Leaving Certificate Examination, 1905
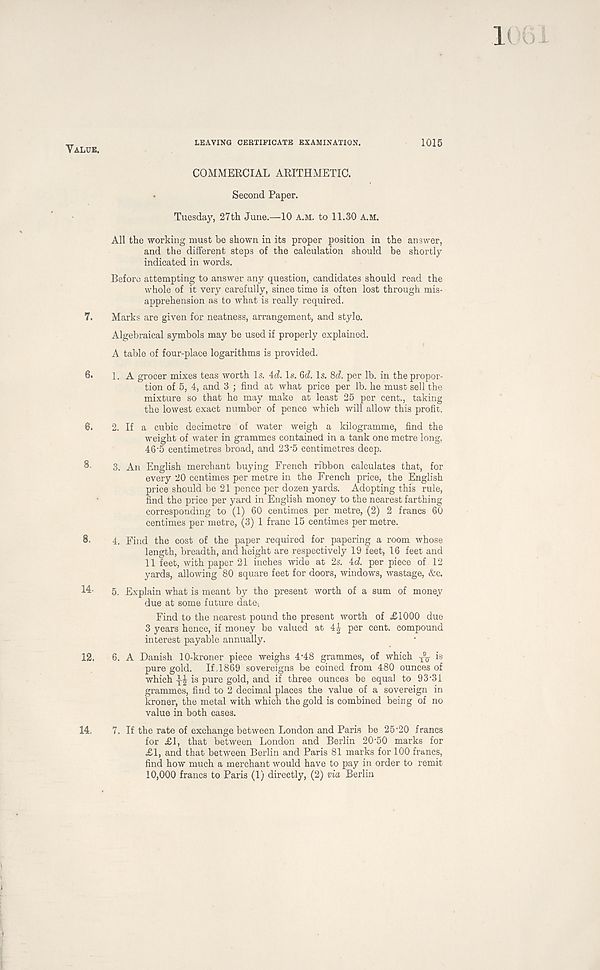
Valuk.
LEAVING CERTIFICATE EXAMINATION.
1015
COMMERCIAL ARITHMETIC.
Second Paper.
Tuesday, 27th June.—10 a.m. to 11.30 A.M.
All the working must be shown in its proper position in the answer,
and the different steps of the calculation should be shortly
indicated in words.
Before attempting to answer any question, candidates should read the
whole of it very carefully, since time is often lost through mis-
apprehension as to what is really required.
7. Marks are given for neatness, arrangement, and stylo.
Algebraical symbols may be used if properly explained.
A table of four-place logarithms is provided.
6. 1. A grocer mixes teas worth Is. id. Is. §d. Is. 8d. per lb. in the propor-
tion of 5, 4, and 3 ; find at what price per lb. he must sell the
mixture so that he may make at least 25 per cent., taking
the lowest exact number of pence which will allow this profit.
6. 2. If a cubic decimetre of water weigh a kilogramme, find the
weight of water in grammes contained in a tank one metre long,
46 - 5 centimetres broad, and 23'5 centimetres deep.
3. An English merchant buying French ribbon calculates that, for
every 20 centimes per metre in the French price, the English
price should be 21 pence per dozen yards. Adopting this rule,
find the price per yard in English money to the nearest farthing
corresponding to (1) 60 centimes per metre, (2) 2 francs 60
centimes per metre, (3) 1 franc 15 centimes per metre.
8- 4. Find the cost of the paper required for papering a room whose
length, breadth, and height are respectively 19 feet, 16 feet and
11 feet, with paper 21 inches wide at 2s. id. per piece of 12
yards, allowing 80 square feet for doors, windows, wastage, &c.
5. Explain what is meant by the present worth of a sum of money
due at some future date.
Find to the nearest pound the present worth of £1000 due
3 years hence, if money be valued at 4£ per cent, compound
interest payable annually.
12. 6. A Danish 10-kroner piece weighs 4-48 grammes, of which ^ is
pure gold. If ,1869 sovereigns be coined from 480 ounces of
which yj is pure gold, and if three ounces be equal to 93-31
grammes, find to 2 decimal places the value of a sovereign in
kroner, the metal with which the gold is combined being of no
value in both cases.
14. 7. If the rate of exchange between London and Paris be 25-20 francs
for £1, that between London and Berlin 20-50 marks for
£1, and that between Berlin and Paris 81 marks for 100 francs,
find how much a merchant would have to pay in order to remit
10,000 francs to Paris (1) directly, (2) via Berlin